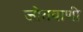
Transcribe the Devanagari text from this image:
जोतवाणी